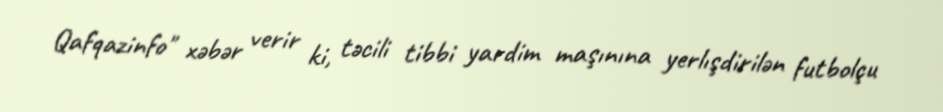
Qafqazinfo" xəbər verir ki, təcili tibbi yardim maşınına yerlışdirilən futbolçu